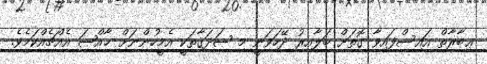
ޢިބާރާތް އައިސްފައިވާ ގޮތަށް ބަލާއިރު ދޭހަވަނީ މި ޞަދަޤާތަކީ އެމީހުންނަށް ޚާއްޞަ އެއްޗެއްކަމެވެ.